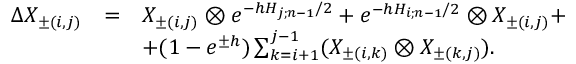
\begin{array} { l c l } { { \Delta X _ { \pm ( i , j ) } } } & { { = } } & { { X _ { \pm ( i , j ) } \otimes e ^ { - h H _ { j ; n - 1 } / 2 } + e ^ { - h H _ { i ; n - 1 } / 2 } \otimes X _ { \pm ( i , j ) } + } } \\ { { } } & { { } } & { { + ( 1 - e ^ { \pm h } ) \sum _ { k = i + 1 } ^ { j - 1 } ( X _ { \pm ( i , k ) } \otimes X _ { \pm ( k , j ) } ) . } } \end{array}